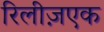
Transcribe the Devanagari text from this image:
रिलीज़एक